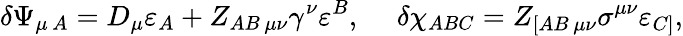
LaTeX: \delta\Psi_{\mu\, A}=D_{\mu}\varepsilon_{A}+Z_{AB\, \mu\nu}\gamma^{\nu}\varepsilon^{B},\ \ \ \ \ \delta\chi_{ABC}=Z_{[AB\, \mu\nu}\sigma^{\mu\nu}\varepsilon_{C]},